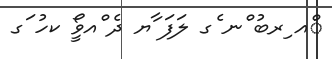
ްއ ިރބު ްނ ެގ ލަފަ ާޔ ދެ ްއވީޯ ކހު ަގ